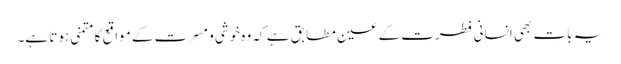
یہ بات بھی انسانی فطرت کے عین مطابق ہے کہ وہ خوشی و مسرت کے مواقع کا متمنی ہوتا ہے۔